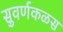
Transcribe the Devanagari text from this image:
सुवर्णकळस